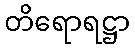
တိရောရဋ္ဌာ